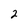
Character: 2